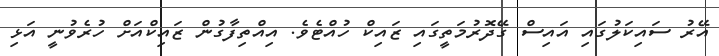
އޭރު ސައިކަލުގައި އައިސް ގޭދޮރުމަތީގައި ޒައިކް ހުއްޓެވެ. އިއްތިފާގުން ޒައިކްއަށް ހުރެވުނީ އަޅި